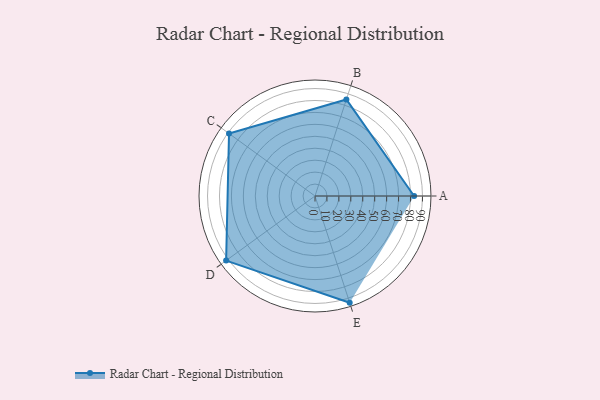
{"axis": {"x": "Skill", "y": "Score"}, "legend": ["Profile"], "data": [{"x": "A", "y": 83.0, "type": "Profile"}, {"x": "B", "y": 85.0, "type": "Profile"}, {"x": "C", "y": 89.0, "type": "Profile"}, {"x": "D", "y": 92.0, "type": "Profile"}, {"x": "E", "y": 94.0, "type": "Profile"}]}